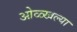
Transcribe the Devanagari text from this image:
ओळ्खल्या